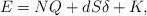
LaTeX: \begin{align*}E=NQ+dS\delta+K,\end{align*}